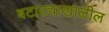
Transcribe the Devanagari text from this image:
बटाट्याखालील